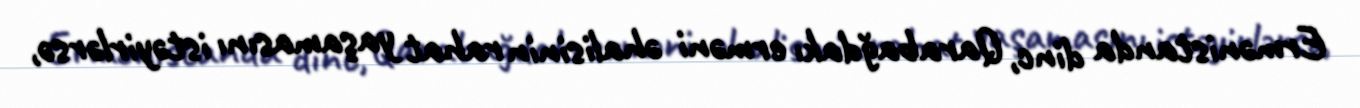
Ermənistanda dinc, Qarabağdakı erməni əhalisinin rahat yaşamasını istəyirlərsə,